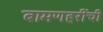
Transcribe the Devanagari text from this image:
बामणहरींची